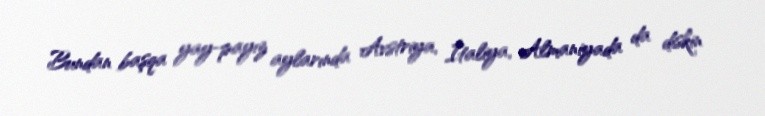
Bundan başqa yay-payız aylarında Avstriya, İtaliya, Almaniyada da diskin